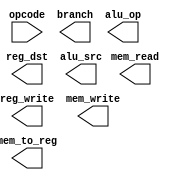
`timescale 1ns / 1ps
// <your student id>

/* Copy your Control (and its components) from Lab 2 */
module control (
    input  [5:0] opcode,      // the opcode field of a instruction is [?:?]
    output       reg_dst,     // select register destination: rt(0), rd(1)
    output       alu_src,     // select 2nd operand of ALU: rt(0), sign-extended(1)
    output       mem_to_reg,  // select data write to register: ALU(0), memory(1)
    output       reg_write,   // enable write to register file
    output       mem_read,    // enable read form data memory
    output       mem_write,   // enable write to data memory
    output       branch,      // this is a branch instruction or not (work with alu.zero)
    output [1:0] alu_op       // ALUOp passed to ALU Control unit
);
endmodule